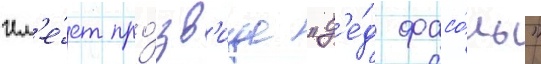
Им'е́ет про́зв'ище "д'е́д фасо́ль"